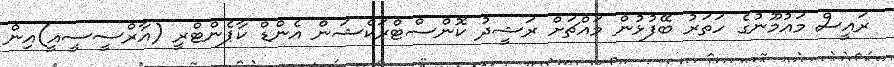
ރައީސް މައުމޫނުގެ ހަތަރު ބޭފުޅުން މައްޗަށް ރަޝީދު ކޮންސްޓްރަކްޝަން އެންޑް ކާޕެންޓްރީ (އާރްސީސީއީ)އިން